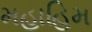
મહાહિમ